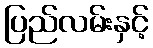
ပြည်လမ်းနှင့်